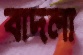
বাদলা